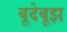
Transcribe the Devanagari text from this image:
बूदेबूझ